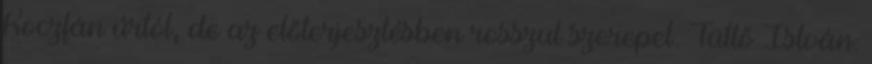
Koczfán úrtól, de az előterjesztésben rosszul szerepel. Tüttő István: